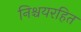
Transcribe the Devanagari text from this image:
निश्चयरहित